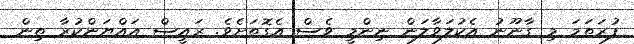
ފުރަތަމަ މި ގާނޫނު އެކުލަވާލަން ނިންމީ ވެސް އެގޮތަށެވެ. ރައީސް އައްޔަންކުރާ ތިން